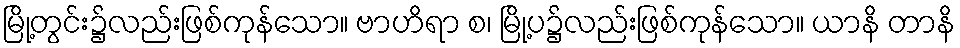
မြို့တွင်း၌လည်းဖြစ်ကုန်သော။ ဗာဟိရာ စ၊ မြို့ပ၌လည်းဖြစ်ကုန်သော။ ယာနိ တာနိ